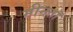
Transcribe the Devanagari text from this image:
मीनतॉ